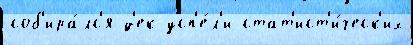
соб'ира́лс'я д'ек усп'е́л'и стат'ист'и́ческ'их